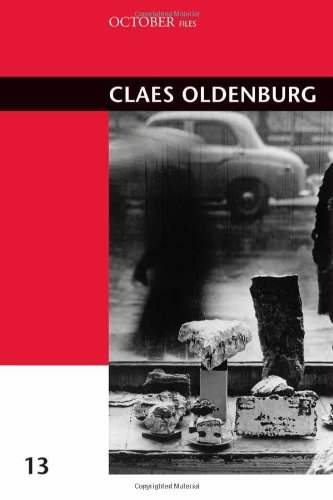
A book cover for Claes Oldenburg (October Files); Arts & Photography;